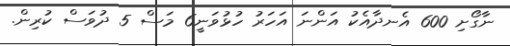
ނާގޯށި 600 އެނދާއެކު އަންނަ އަހަރު ހުޅުވަނީ6 މަސް 5 ދުވަސް ކުރިން.